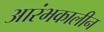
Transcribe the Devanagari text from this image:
आरंभकालीन